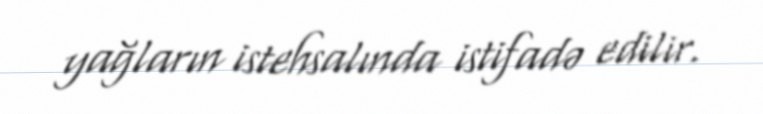
yağların istehsalında istifadə edilir.